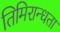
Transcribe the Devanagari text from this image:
तिमिरान्धता